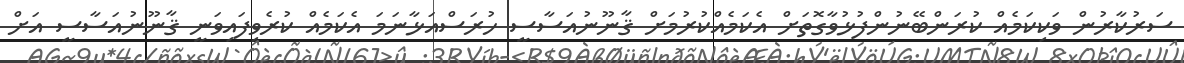
ސަރުކާރުން ވަކިކަމެއް ކުރަންބޭނުންފުޅުވާގޮތަށް އެކަމެއްކުރުމަށް ޤާނޫނުއަސާސީ ހުރަސްއަޅާނަމަ އެކަމެއް ކުރެވިފައިވަނީ ޤާނޫނުއަސާސީ އަށް